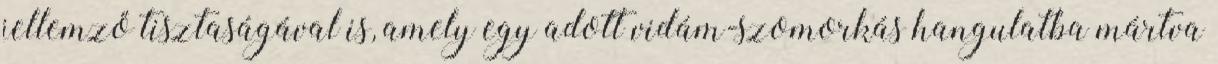
jellemző tisztaságával is, amely egy adott vidám-szomorkás hangulatba mártva